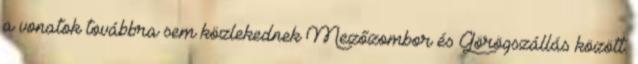
a vonatok továbbra sem közlekednek Mezőzombor és Görögszállás között.